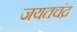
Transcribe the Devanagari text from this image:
जयतचंद्र